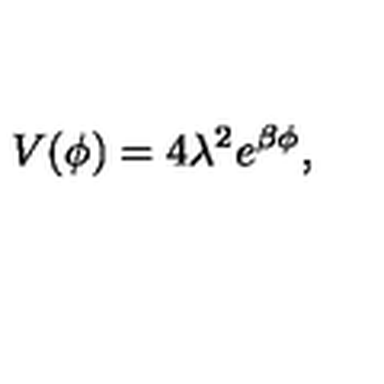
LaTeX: V ( \phi ) = 4 \lambda ^ { 2 } e ^ { \beta \phi } ,